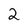
Character: 2